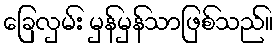
ခြေလှမ်း မှန်မှန်သာဖြစ်သည်။